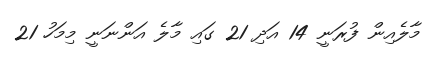
މާލެއިން ފުރަނީ 14 އަދި 21 ގައި މާލެ އަންނަނީ މިމަހު 21